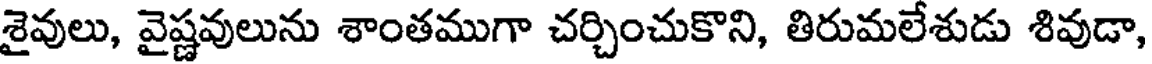
శైవులు, వైష్ణవులును శాంతముగా చర్చించుకొని, తిరుమలేశుడు శివుడా,